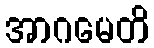
အာဂမေတိ